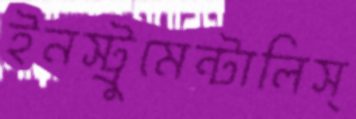
ইনস্ট্রুমেন্টালিস্